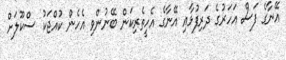
އޭނާގެ ފަސް އަހަރުގެ ދަރިފުޅާއި އޭނާގެ އެހީތެރިކަން ބޭނުންވި އެހެން ކުއްޖަކު ސްކޫލަށް